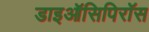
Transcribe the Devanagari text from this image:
डाइऑसिपिरॉस